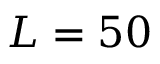
L = 5 0